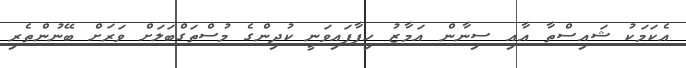
އެކަމަކު ޝައިސްތާ އާއި ސިނާން އަމާޒު ހިފާފައިވަނީ ކުދިންގެ މުސްތަގްބަލަށް ވަރަށް ބޭނުންތެރި